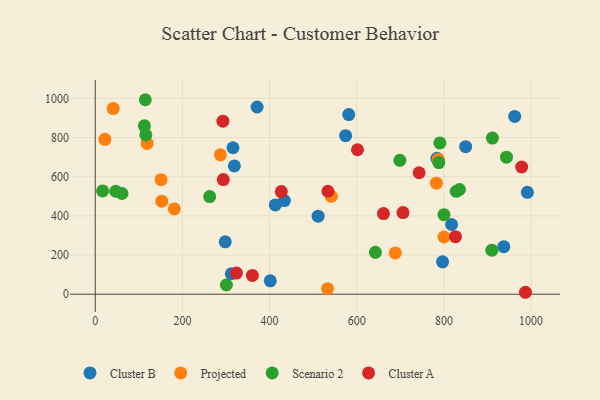
{"axis": {"x": "Experience", "y": "Salary"}, "legend": ["Cluster A", "Cluster B", "Projected", "Scenario 2"], "data": [{"x": "319.2", "y": 654.9, "type": "Cluster B"}, {"x": "817.6", "y": 355.9, "type": "Cluster B"}, {"x": "991.5", "y": 520.1, "type": "Cluster B"}, {"x": "581.7", "y": 917.2, "type": "Cluster B"}, {"x": "434.0", "y": 477.9, "type": "Cluster B"}, {"x": "401.7", "y": 68.3, "type": "Cluster B"}, {"x": "413.2", "y": 456.1, "type": "Cluster B"}, {"x": "849.9", "y": 753.2, "type": "Cluster B"}, {"x": "371.4", "y": 955.9, "type": "Cluster B"}, {"x": "298.3", "y": 267.5, "type": "Cluster B"}, {"x": "312.3", "y": 104.5, "type": "Cluster B"}, {"x": "962.4", "y": 907.7, "type": "Cluster B"}, {"x": "574.5", "y": 809.5, "type": "Cluster B"}, {"x": "511.4", "y": 398.7, "type": "Cluster B"}, {"x": "316.1", "y": 747.7, "type": "Cluster B"}, {"x": "796.9", "y": 165.4, "type": "Cluster B"}, {"x": "937.4", "y": 242.9, "type": "Cluster B"}, {"x": "784.0", "y": 693.9, "type": "Cluster B"}, {"x": "782.7", "y": 566.9, "type": "Projected"}, {"x": "119.2", "y": 769.8, "type": "Projected"}, {"x": "533.1", "y": 28.6, "type": "Projected"}, {"x": "800.1", "y": 292.2, "type": "Projected"}, {"x": "688.5", "y": 211.1, "type": "Projected"}, {"x": "287.2", "y": 711.6, "type": "Projected"}, {"x": "152.7", "y": 475.0, "type": "Projected"}, {"x": "181.5", "y": 435.6, "type": "Projected"}, {"x": "541.7", "y": 499.9, "type": "Projected"}, {"x": "787.1", "y": 689.7, "type": "Projected"}, {"x": "22.3", "y": 790.8, "type": "Projected"}, {"x": "41.2", "y": 947.8, "type": "Projected"}, {"x": "151.2", "y": 584.7, "type": "Projected"}, {"x": "116.1", "y": 813.2, "type": "Scenario 2"}, {"x": "788.3", "y": 672.3, "type": "Scenario 2"}, {"x": "698.8", "y": 683.6, "type": "Scenario 2"}, {"x": "910.0", "y": 225.1, "type": "Scenario 2"}, {"x": "17.0", "y": 527.4, "type": "Scenario 2"}, {"x": "61.5", "y": 514.3, "type": "Scenario 2"}, {"x": "112.9", "y": 859.6, "type": "Scenario 2"}, {"x": "943.6", "y": 699.8, "type": "Scenario 2"}, {"x": "642.8", "y": 214.1, "type": "Scenario 2"}, {"x": "911.3", "y": 797.2, "type": "Scenario 2"}, {"x": "262.6", "y": 498.5, "type": "Scenario 2"}, {"x": "47.0", "y": 525.7, "type": "Scenario 2"}, {"x": "828.3", "y": 525.6, "type": "Scenario 2"}, {"x": "835.8", "y": 534.6, "type": "Scenario 2"}, {"x": "300.9", "y": 47.1, "type": "Scenario 2"}, {"x": "790.7", "y": 772.3, "type": "Scenario 2"}, {"x": "800.2", "y": 406.3, "type": "Scenario 2"}, {"x": "114.9", "y": 993.0, "type": "Scenario 2"}, {"x": "706.1", "y": 417.0, "type": "Cluster A"}, {"x": "987.0", "y": 10.0, "type": "Cluster A"}, {"x": "360.6", "y": 95.9, "type": "Cluster A"}, {"x": "826.5", "y": 293.7, "type": "Cluster A"}, {"x": "293.0", "y": 883.6, "type": "Cluster A"}, {"x": "661.3", "y": 411.7, "type": "Cluster A"}, {"x": "978.4", "y": 649.6, "type": "Cluster A"}, {"x": "426.9", "y": 524.2, "type": "Cluster A"}, {"x": "533.9", "y": 525.8, "type": "Cluster A"}, {"x": "293.8", "y": 585.1, "type": "Cluster A"}, {"x": "324.0", "y": 107.9, "type": "Cluster A"}, {"x": "601.7", "y": 737.6, "type": "Cluster A"}, {"x": "743.1", "y": 620.3, "type": "Cluster A"}]}